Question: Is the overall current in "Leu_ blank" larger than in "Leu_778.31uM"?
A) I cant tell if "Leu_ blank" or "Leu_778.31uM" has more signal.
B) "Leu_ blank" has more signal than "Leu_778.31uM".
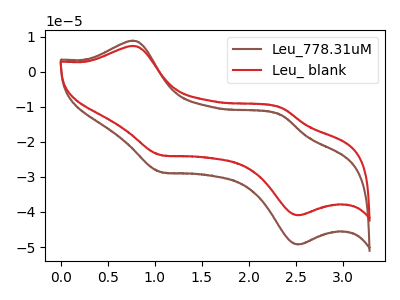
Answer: <think>The brown curve "Leu_778.31uM" has anodic peaks at (0.75V, 8.85uA) (2.35V, -12.35uA) and cathodic peaks at (1.05V, -28.60uA) (2.55V, -49.25uA). The red curve "Leu_ blank" has anodic peaks at (0.75V, 7.35uA) (2.35V, -10.30uA) and cathodic peaks at (1.05V, -23.75uA) (2.55V, -40.95uA).
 All the peaks in "Leu_ blank" have a peak in "Leu_778.31uM" at the same potential.</think>
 <answer>A) I cant tell if "Leu_ blank" or "Leu_778.31uM" has more signal.</answer>
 <eval>A</eval>